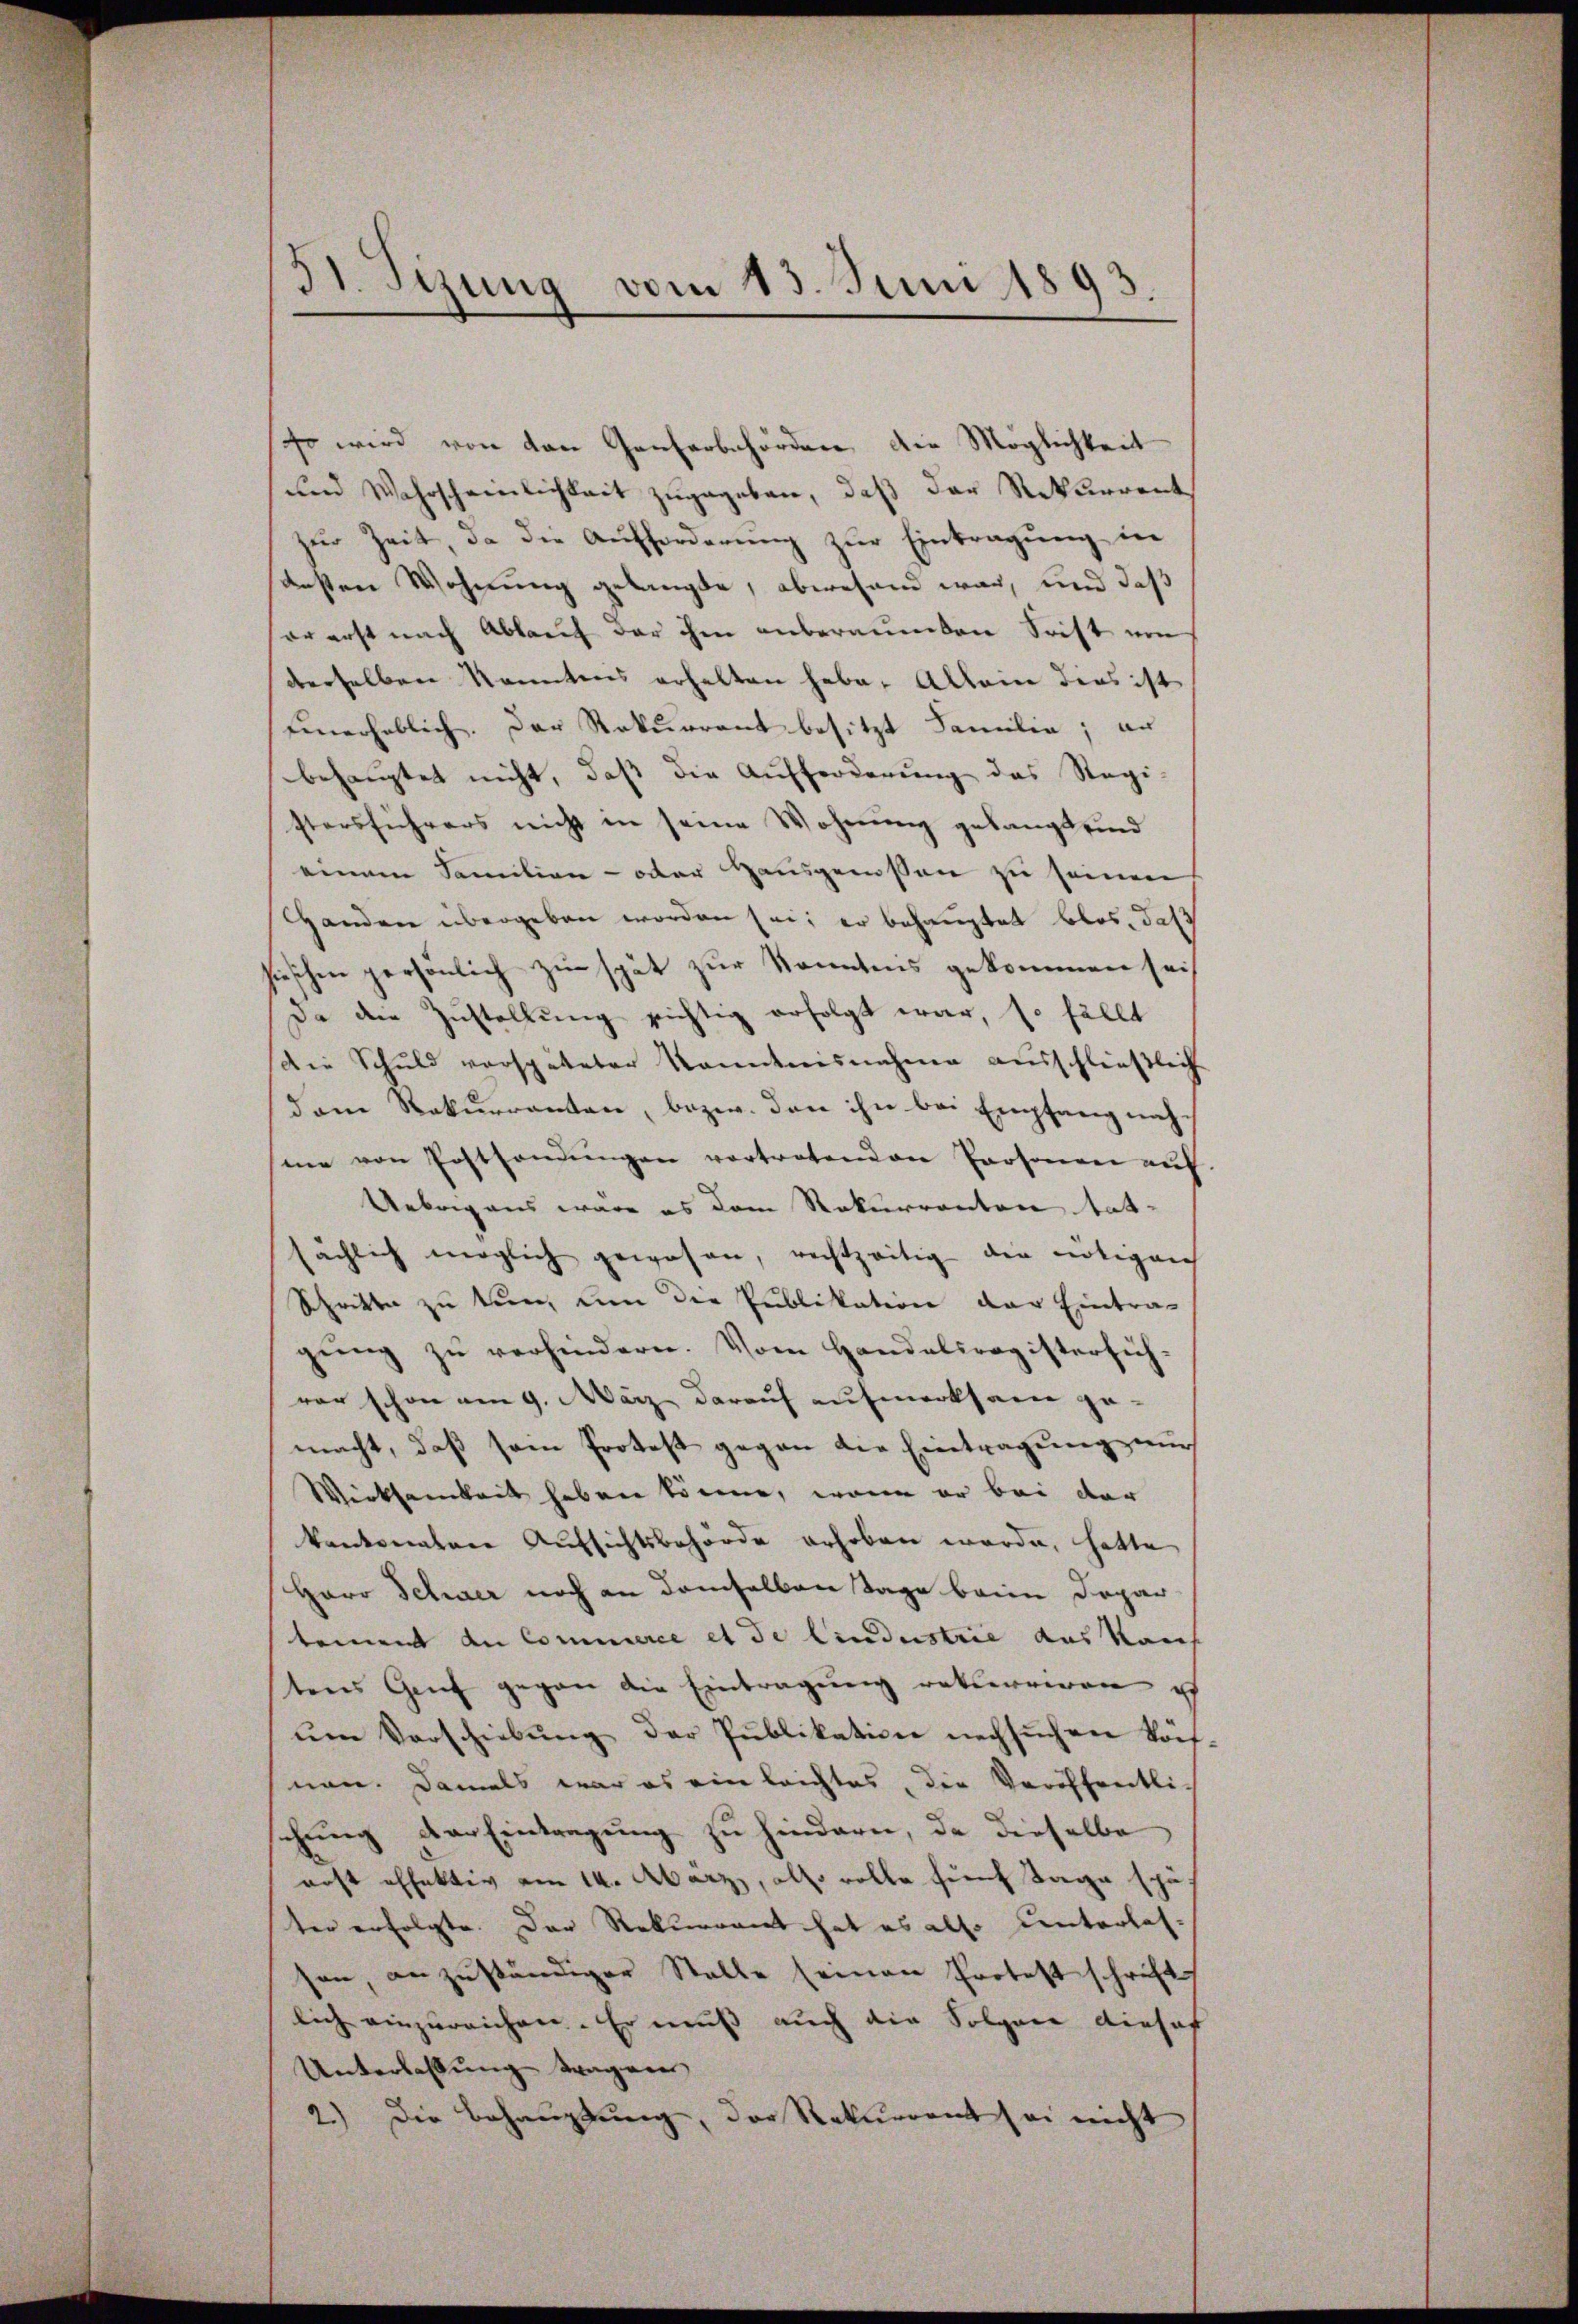
31. Sizung vom 13. Juni 1893.
e

so wird von den Ganterbehörden die Möglichkeit
und Wahrscheinlichkeit zugegeben, daß der Rekurrent
zur Zeit, da die Aufforderung zur Eintragung in
ensten Wohnung gelangte, abwesend war, und daß
er erst nach Ablaŭf der ihm anberaŭmten Frist von
derselben kanntens erhalten habe. Allein dies ist
Einerheblich. Der Rekurrent besitzt Familie; er
behauptet nicht, daβ die Aufforderung das Regi-
stersführers nicht in seine Wohnung gelangt sind
einem Familien- oder Hausgenossen zu seinen
Handen übergeben worden sei; er behauptet blos, daß
sieschen persönlich zu spät zur Kenntnis gekommen sei,
Da die Zustellung sichtig erfolgt war, so fällt
Die Schuld verspäteter kanntnisnahme ausschließlich
dam Rekurrenten, bezw. den ihn bei Empfang nachme von Postsandŭngen vortretenden Personen auf
Uebrigens wäre es dem Rekurrenten tat-
sächlich möglich gewesen, rechtzeitig die nötigen
Schritte zu tun, um die Publikation der Eintra-
gŭng zu verhindern. Vom Handelsregisterfich-
vor schon am 9. März darauf aufmerksam ge-
macht, daß sein Protest gegen die Eintragung nur
Wirksamkeit haben könne, wenn er bei der
kantonalen Aufsichtsbehörde erhoben werde, hatte
Herr Schwer noch an demselben Tage beim Depar
tement du Commerce et de lindustrie das Kauf
tens Genf gegen die Eintragung rekurriren ist
ŭm Vorschiebŭng der Publikation nachsŭchen könfnen. Damals war es ein leichtes, die Veröffentlic
chung der Eintragung zu hindern, da dieselbe
erst offektiv am 14. März, also volle fünf Tage spä
ter erfolgte. Der Rekurrent hat es also unterlas-
son, anzuständiger Stelle seinen Protest schrift
lich einzureichen. Er muß auch die Folgen diesof
Unterlassung tragen
2.) Die Behauptung, der Rekurrent sei nicht